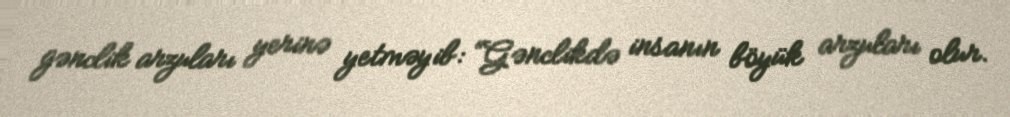
gənclik arzuları yerinə yetməyib: “Gənclikdə insanın böyük arzuları olur.